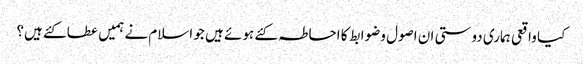
کیا واقعی ہماری دوستی ان اصول وضوابط کا احاطہ کئے ہوئے ہیں جو اسلام نے ہمیں عطا کئے ہیں؟